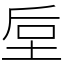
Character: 垕